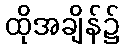
ထိုအချိန်၌